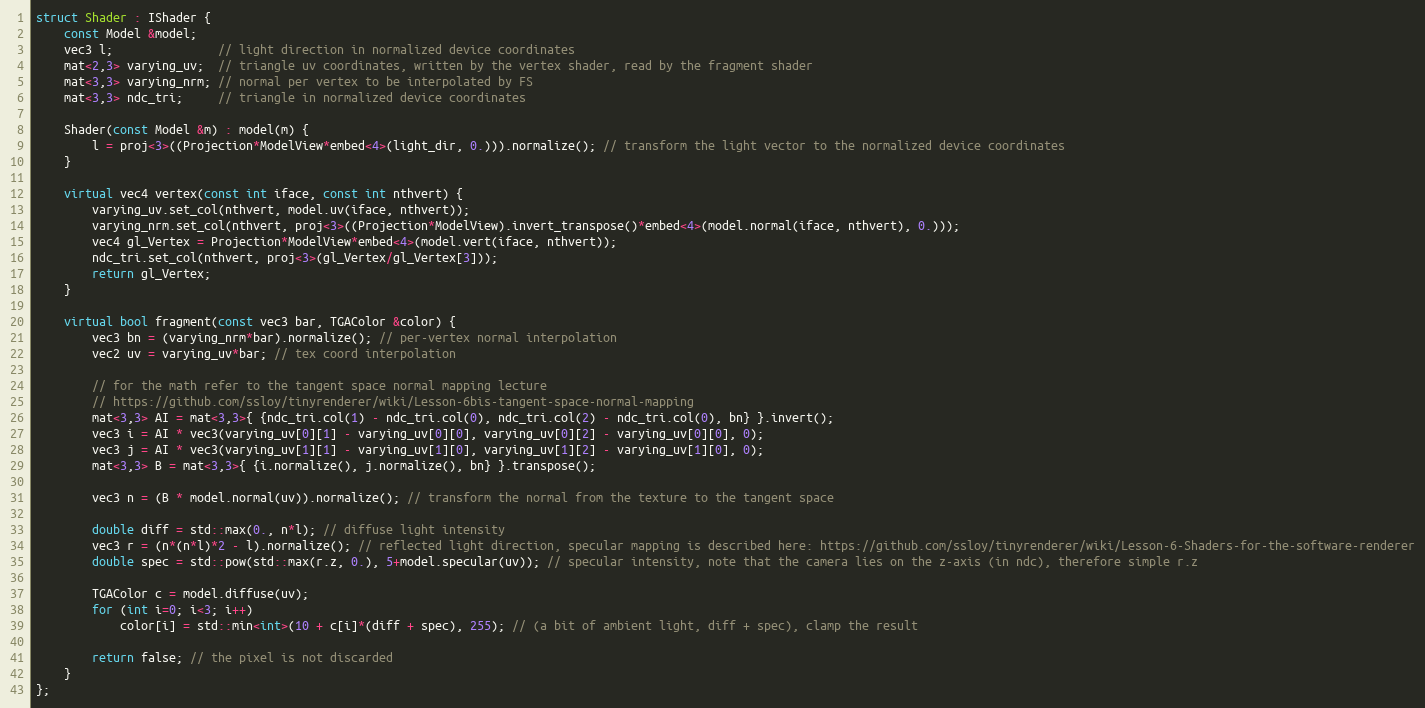
Language: C++
struct Shader : IShader {
    const Model &model;
    vec3 l;               // light direction in normalized device coordinates
    mat<2,3> varying_uv;  // triangle uv coordinates, written by the vertex shader, read by the fragment shader
    mat<3,3> varying_nrm; // normal per vertex to be interpolated by FS
    mat<3,3> ndc_tri;     // triangle in normalized device coordinates

    Shader(const Model &m) : model(m) {
        l = proj<3>((Projection*ModelView*embed<4>(light_dir, 0.))).normalize(); // transform the light vector to the normalized device coordinates
    }

    virtual vec4 vertex(const int iface, const int nthvert) {
        varying_uv.set_col(nthvert, model.uv(iface, nthvert));
        varying_nrm.set_col(nthvert, proj<3>((Projection*ModelView).invert_transpose()*embed<4>(model.normal(iface, nthvert), 0.)));
        vec4 gl_Vertex = Projection*ModelView*embed<4>(model.vert(iface, nthvert));
        ndc_tri.set_col(nthvert, proj<3>(gl_Vertex/gl_Vertex[3]));
        return gl_Vertex;
    }

    virtual bool fragment(const vec3 bar, TGAColor &color) {
        vec3 bn = (varying_nrm*bar).normalize(); // per-vertex normal interpolation
        vec2 uv = varying_uv*bar; // tex coord interpolation

        // for the math refer to the tangent space normal mapping lecture
        // https://github.com/ssloy/tinyrenderer/wiki/Lesson-6bis-tangent-space-normal-mapping
        mat<3,3> AI = mat<3,3>{ {ndc_tri.col(1) - ndc_tri.col(0), ndc_tri.col(2) - ndc_tri.col(0), bn} }.invert();
        vec3 i = AI * vec3(varying_uv[0][1] - varying_uv[0][0], varying_uv[0][2] - varying_uv[0][0], 0);
        vec3 j = AI * vec3(varying_uv[1][1] - varying_uv[1][0], varying_uv[1][2] - varying_uv[1][0], 0);
        mat<3,3> B = mat<3,3>{ {i.normalize(), j.normalize(), bn} }.transpose();

        vec3 n = (B * model.normal(uv)).normalize(); // transform the normal from the texture to the tangent space

        double diff = std::max(0., n*l); // diffuse light intensity
        vec3 r = (n*(n*l)*2 - l).normalize(); // reflected light direction, specular mapping is described here: https://github.com/ssloy/tinyrenderer/wiki/Lesson-6-Shaders-for-the-software-renderer
        double spec = std::pow(std::max(r.z, 0.), 5+model.specular(uv)); // specular intensity, note that the camera lies on the z-axis (in ndc), therefore simple r.z

        TGAColor c = model.diffuse(uv);
        for (int i=0; i<3; i++)
            color[i] = std::min<int>(10 + c[i]*(diff + spec), 255); // (a bit of ambient light, diff + spec), clamp the result

        return false; // the pixel is not discarded
    }
};